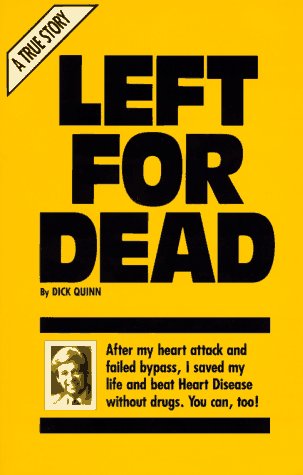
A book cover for Left for Dead; Dick Quinn; Health, Fitness & Dieting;